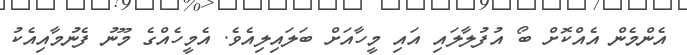
އެންމެން އެއްކޮށް ބޯ އުފުލާލައި އައި މީހާއަށް ބަލައިލިއެވެ. އެމީހެއްގެ މޫނު ފެނުމާއިއެކު